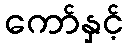
ကော်နှင့်